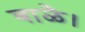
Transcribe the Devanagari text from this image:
बाळै।